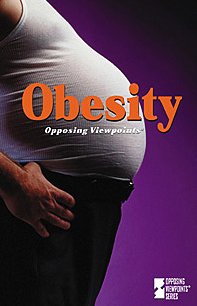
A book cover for Obesity (Opposing Viewpoints); Andrea C. Nakaya; Teen & Young Adult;